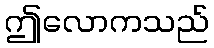
ဤလောကသည်